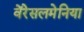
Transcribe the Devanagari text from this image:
वेंरेसलमेनिया